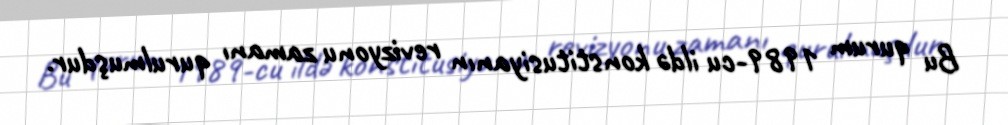
Bu qurum 1989-cu ildə konstitusiyanın revizyonu zamanı qurulmuşdur.